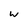
Character: w